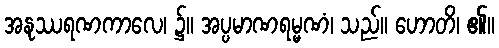
အနုဿရဏကာလေ၊ ၌။ အပ္ပမာဏရမ္မဏံ၊ သည်။ ဟောတိ၊ ၏။